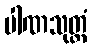
ပါဏသုတ္တံ